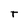
Character: T